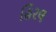
હિરલ